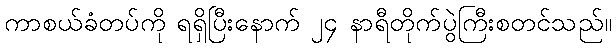
ကာစယ်ခံတပ်ကို ရရှိပြီးနောက် ၂၄ နာရီတိုက်ပွဲကြီးစတင်သည်။